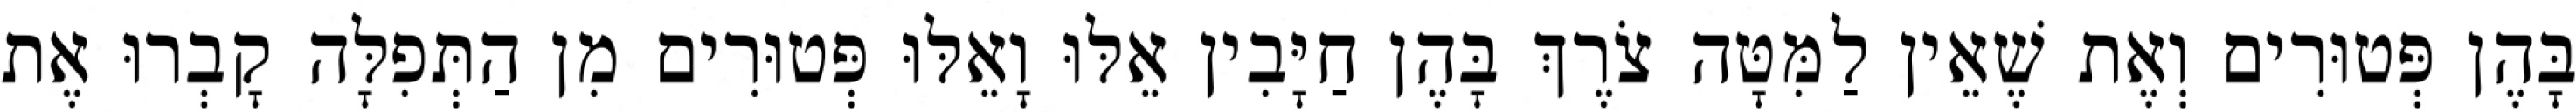
בָּהֶן פְּטוּרִים וְאֶת שֶׁאֵין לַמִּטָּה צֹרֶךְ בָּהֶן חַיָּבִין אֵלּוּ וָאֵלּוּ פְּטוּרִים מִן הַתְּפִלָּה קָבְרוּ אֶת